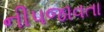
નીપજાવતા